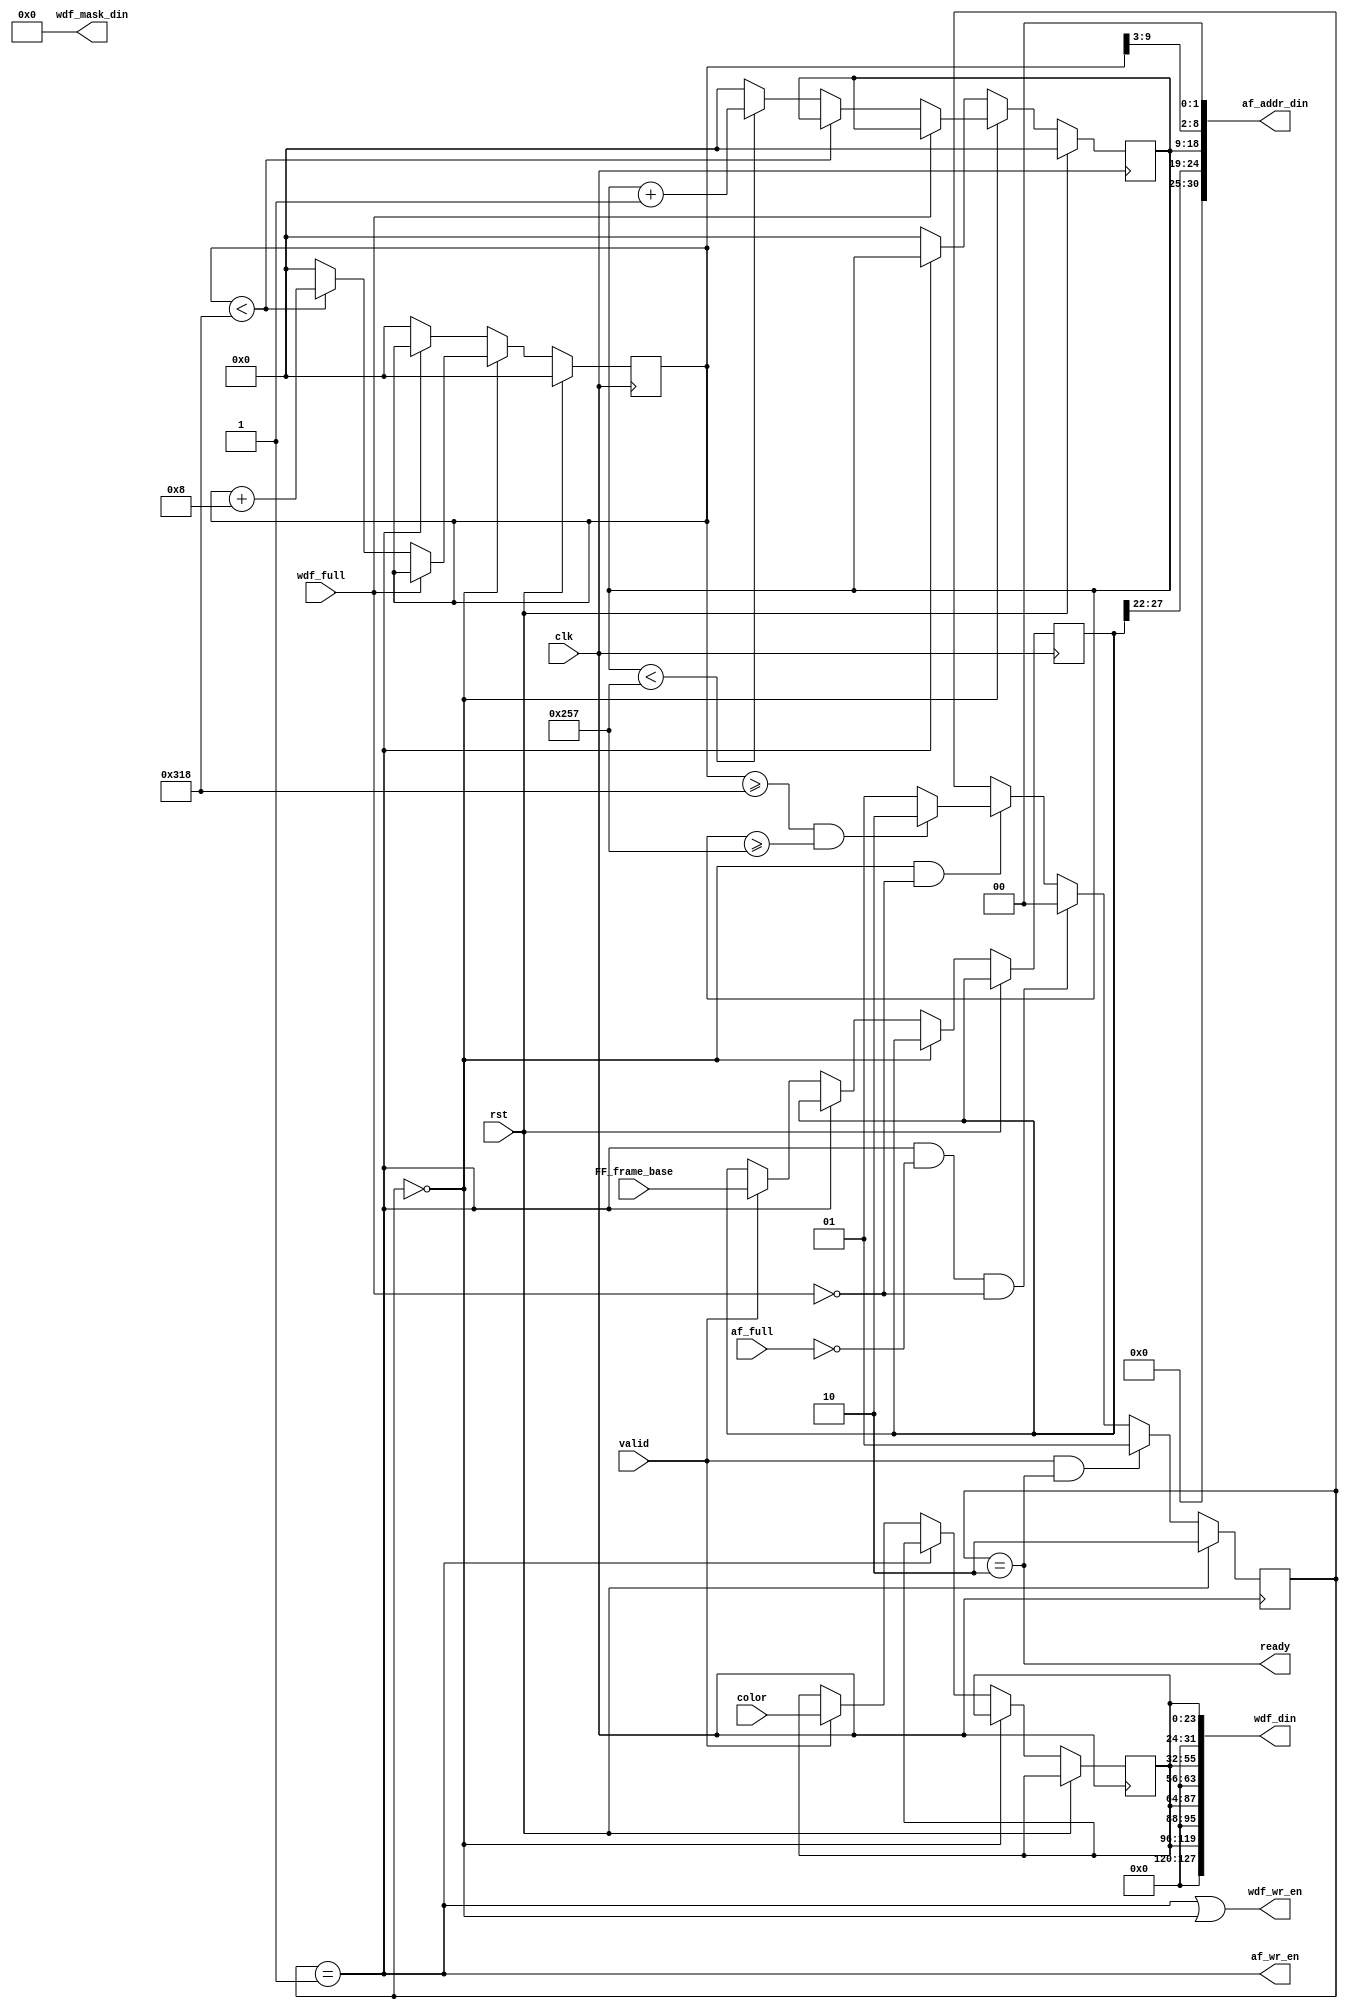
module FrameFiller(//system:
  input             clk,
  input             rst,
  // fill control:
  input             valid,
  input [23:0]      color,
  // ddr2 fifo control:
  input             af_full,
  input             wdf_full,
  // ddr2 fifo outputs:
  output [127:0]    wdf_din,
  output            wdf_wr_en,
  output [30:0]     af_addr_din,
  output            af_wr_en,
  output [15:0]     wdf_mask_din,
  // handshaking:
  output            ready,
  
  input [31:0] FF_frame_base
  );

   //Your code goes here. GL HF DD DS
	localparam IDLE = 2'b00;
	localparam PUSH = 2'b01;
	localparam START = 2'b10; //default state

	reg[9:0] x, y;

	reg [1:0] State, nextState;
	wire overflow;
	reg [23:0] color_reg;
	reg [31:0] frame_reg;

// ChipScope components:
// wire [35:0] chipscope_control;
// chipscope_icon icon(
// .CONTROL0(chipscope_control)
// ) /* synthesis syn_noprune=1 */;
// chipscope_ila ila(
// .CONTROL(chipscope_control),
// .CLK(clk),
// .DATA({rst, af_full, wdf_full, wdf_wr_en, af_wr_en, ready, x,y,State,nextState,overflow} ),
// .TRIG0( rst)
//) /* synthesis syn_noprune=1 */;
	
	always @(*) begin
		if (valid && (State == START)) nextState = PUSH; 
		else if (State == PUSH && ~af_full && ~wdf_full) nextState = IDLE;
		else if (State == IDLE && ~wdf_full) nextState = (overflow) ? START : PUSH;
		else  nextState = State;
	end	
	
	assign overflow = (x >= 792 && y >= 599);

	always @(posedge clk) begin
		if (rst) begin
			x <= 10'b0;			
			y <= 10'b0;			
			State <= START;
		end
		else begin
			State <= nextState;
			if (State == IDLE) begin
				if (!wdf_full) begin
					if (x < 792) begin
						x <= x + 10'd8;
					end
					else if (y < 599) begin
						x <= 10'd0;
						y <= y + 10'd1;
					end else begin
						x <= 10'b0;
						y <= 10'b0;
					end
				end
			end else if (State == PUSH) begin //PUSH = first state, IDLE 2nd state
				x <= x;
				y <= y;
				//overflow <= 0;
	//			overflow <= overflow;
			end else  begin //START
				if (valid) begin
					 color_reg <= color;
					 frame_reg <= FF_frame_base;
				end
				x <= 10'b0;
				y <= 10'b0;
	//			overflow <= 0;
			end
		end
	end

  	// Remove these when you implement the frame filler:

  	assign wdf_wr_en = (State == PUSH || State == IDLE);
  	assign af_wr_en  = (State == PUSH);
  	assign ready     = (State == START);
	assign wdf_din   = {8'd0, color_reg, 8'd0, color_reg, 8'd0, color_reg, 8'd0, color_reg};
	assign wdf_mask_din = 16'd0;
	assign af_addr_din = {6'b000000, frame_reg[27:22], y, x[9:3], 2'b00};
endmodule